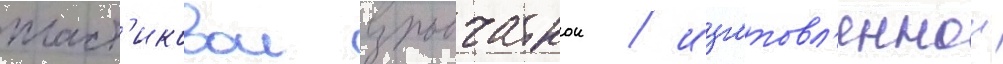
пласт'иковои взрывчаткои / изготовл'еннои